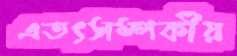
এতৎসম্পর্কীয়